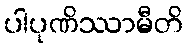
ပါပုဏိဿာမီတိ